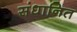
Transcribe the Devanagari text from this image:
संधानित